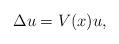
LaTeX: \begin{align*}\Delta u = V(x) u,\end{align*}